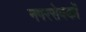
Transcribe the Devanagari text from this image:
नगरसेवकों